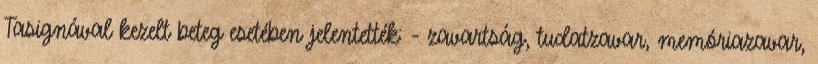
Tasignával kezelt beteg esetében jelentették: - zavartság, tudatzavar, memóriazavar,